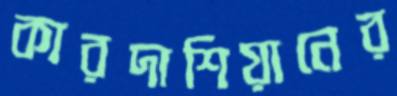
কারদাশিয়ানের